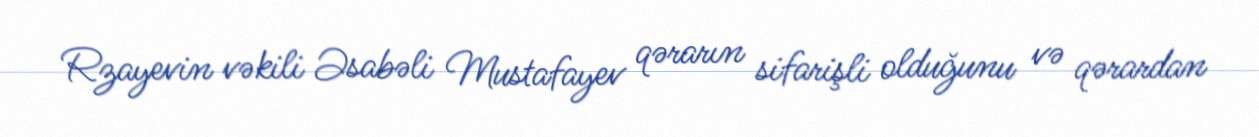
Rzayevin vəkili Əsabəli Mustafayev qərarın sifarişli olduğunu və qərardan